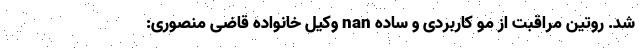
شد. روتین مراقبت از مو کاربردی و ساده nan وکیل خانواده قاضی منصوری: